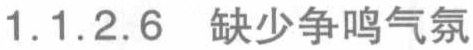
1.1.2.6 缺少争鸣气氛